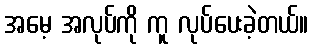
အမေ့ အလုပ်ကို ကူ လုပ်ပေးခဲ့တယ်။